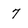
Character: 7